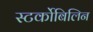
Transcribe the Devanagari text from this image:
स्‍टर्कोबिलिन